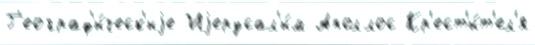
Г'еограф'и́ческ'иjе Иjерусал'и́м Аполлос Кр'ест'и́т'ел'я